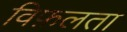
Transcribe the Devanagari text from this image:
विफ़लता